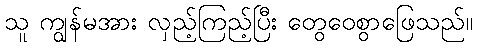
သူ ကျွန်မအား လှည့်ကြည့်ပြီး တွေဝေစွာဖြေသည်။